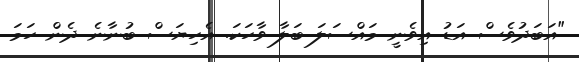
"އަބަދުވެސް އަޑު އިވެނީ މައްސަލަ ބަލާ ވާހަކަ. އެހިޔަސް ބުނާނެ ދެން ހަމަ